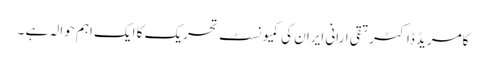
کامریڈ ڈاکٹر تقی ارانی ایران کی کمیونسٹ تحریک کا ایک اہم حوالہ ہے ۔